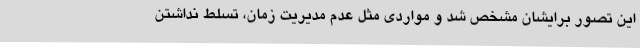
این تصور برایشان مشخص شد و مواردی مثل عدم مدیریت زمان، تسلط نداشتن